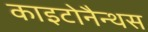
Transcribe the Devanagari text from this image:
काइटोनैन्थस